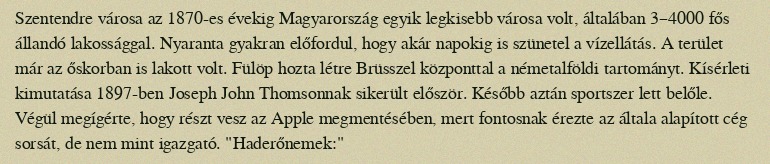
Szentendre városa az 1870-es évekig Magyarország egyik legkisebb városa volt, általában 3–4000 fős állandó lakossággal. Nyaranta gyakran előfordul, hogy akár napokig is szünetel a vízellátás. A terület már az őskorban is lakott volt. Fülöp hozta létre Brüsszel központtal a németalföldi tartományt. Kísérleti kimutatása 1897-ben Joseph John Thomsonnak sikerült először. Később aztán sportszer lett belőle. Végül megígérte, hogy részt vesz az Apple megmentésében, mert fontosnak érezte az általa alapított cég sorsát, de nem mint igazgató. "Haderőnemek:"